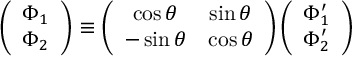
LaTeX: \left( \begin{array} { c } { { \Phi _ { 1 } } } \\ { { \Phi _ { 2 } } } \end{array} \right) \equiv \left( \begin{array} { c c } { { \cos \theta } } & { { \sin \theta } } \\ { { - \sin \theta } } & { { \cos \theta } } \end{array} \right) \left( \begin{array} { c } { { \Phi _ { 1 } ^ { \prime } } } \\ { { \Phi _ { 2 } ^ { \prime } } } \end{array} \right)